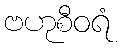
ဗဟုစီဝရံ